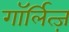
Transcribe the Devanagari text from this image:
गॉर्लित्ज़